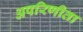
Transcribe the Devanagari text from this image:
अपरिणीता